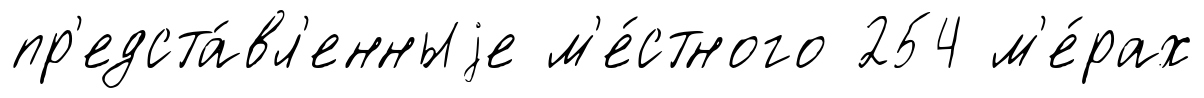
пр'едста́вл'енныjе м'е́стного 254 м'е́рах